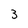
Character: 3